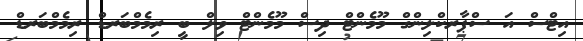
އިޓްްސް އަ ސްޕާރކްލިންގް މޫމެންޓް ދިސް މޫމެންޓް ވިލް ބީ ރިމެމްބަރޑް ރިމެމްބަރޑް